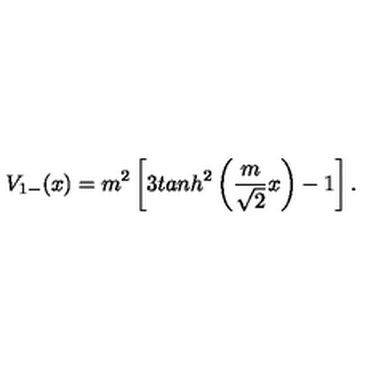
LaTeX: V _ { 1 - } ( x ) = m ^ { 2 } \left[ 3 t a n h ^ { 2 } \left( \frac { m } { \sqrt { 2 } } x \right) - 1 \right] .